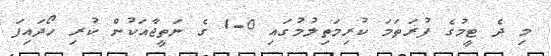
މި ދެ ޓީމުގެ ފުރަތަމަ ކުރިމަތިލުމުގައި 0-1 ގެ ނަތީޖާއަކުން ކުރި ހޯދައިފަ